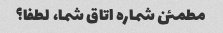
مطمئن شماره اتاق شما، لطفا؟